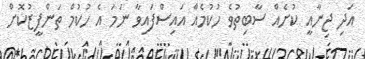
އަދި ޖިނާއީ ކުށެއް ސާބިތުވެ ހުކުމެއް އައިސްފައިވާ ނަމަ އެ ހުކުމް ތަންފީޒުކޮށް